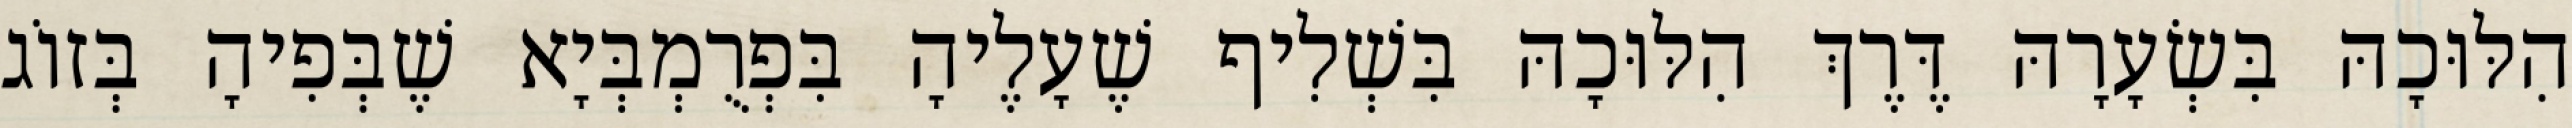
הִלּוּכָהּ בִּשְׂעָרָהּ דֶּרֶךְ הִלּוּכָהּ בִּשְׁלִיף שֶׁעָלֶיהָ בִּפְרֻמְבְּיָא שֶׁבְּפִיהָ בְּזוֹג